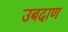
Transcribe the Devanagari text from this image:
उबदाण